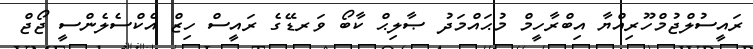
ރައީސުލްޖުމްހޫރިއްޔާ އިބްރާހީމް މުޙައްމަދު ޞާލިޙް ކާބޯ ވަރޑޭގެ ރައީސް ހިޒް އެކްސެލެންސީ ޖޯޖް